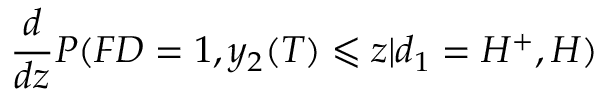
\frac { d } { d z } P ( F D = 1 , y _ { 2 } ( T ) \leqslant z | d _ { 1 } = H ^ { + } , H )